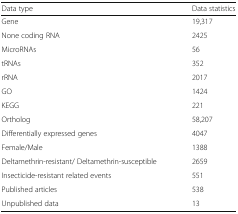
| Data type | Data statistics |
 | --- | --- |
 | Gene | 19,317 |
 | None coding RNA | 2425 |
 | MicroRNAs | 56 |
 | tRNAs | 352 |
 | rRNA | 2017 |
 | GO | 1424 |
 | KEGG | 221 |
 | Ortholog | 58,207 |
 | Differentially expressed genes | 4047 |
 | Female/Male | 1388 |
 | Deltamethrin-resistant/ Deltamethrin-susceptible | 2659 |
 | Insecticide-resistant related events | 551 |
 | Published articles | 538 |
 | Unpublished data | 13 |